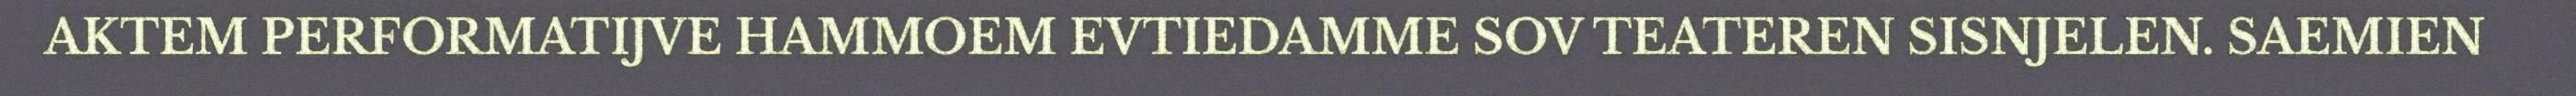
AKTEM PERFORMATIJVE HAMMOEM EVTIEDAMME SOV TEATEREN SISNJELEN. SAEMIEN